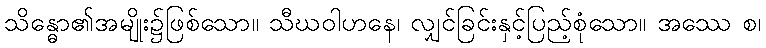
သိန္ဓော၏အမျိုး၌ဖြစ်သော။ သီဃဝါဟနေ၊ လျှင်ခြင်းနှင့်ပြည့်စုံသော။ အဿေ စ၊